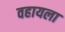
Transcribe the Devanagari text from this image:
वहायला